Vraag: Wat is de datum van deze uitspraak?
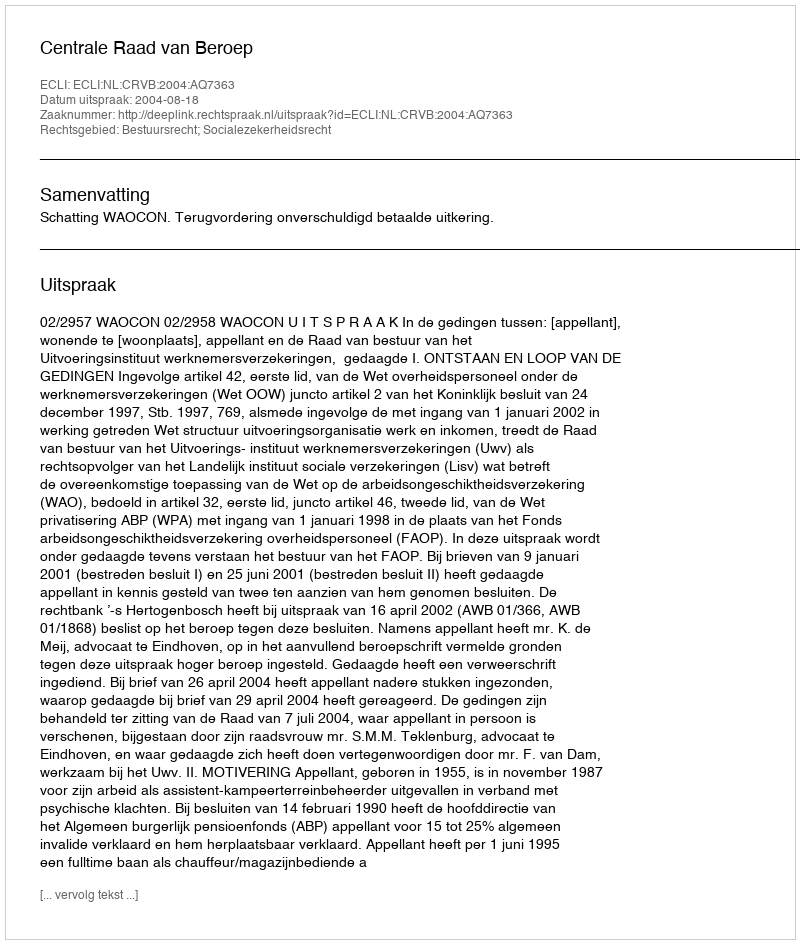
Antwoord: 2004-08-18